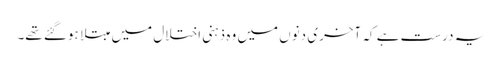
یہ درست ہے کہ آخری دنوں میں وہ ذہنی اختلال میں مبتلا ہوگئے تھے۔